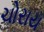
ચોરાય